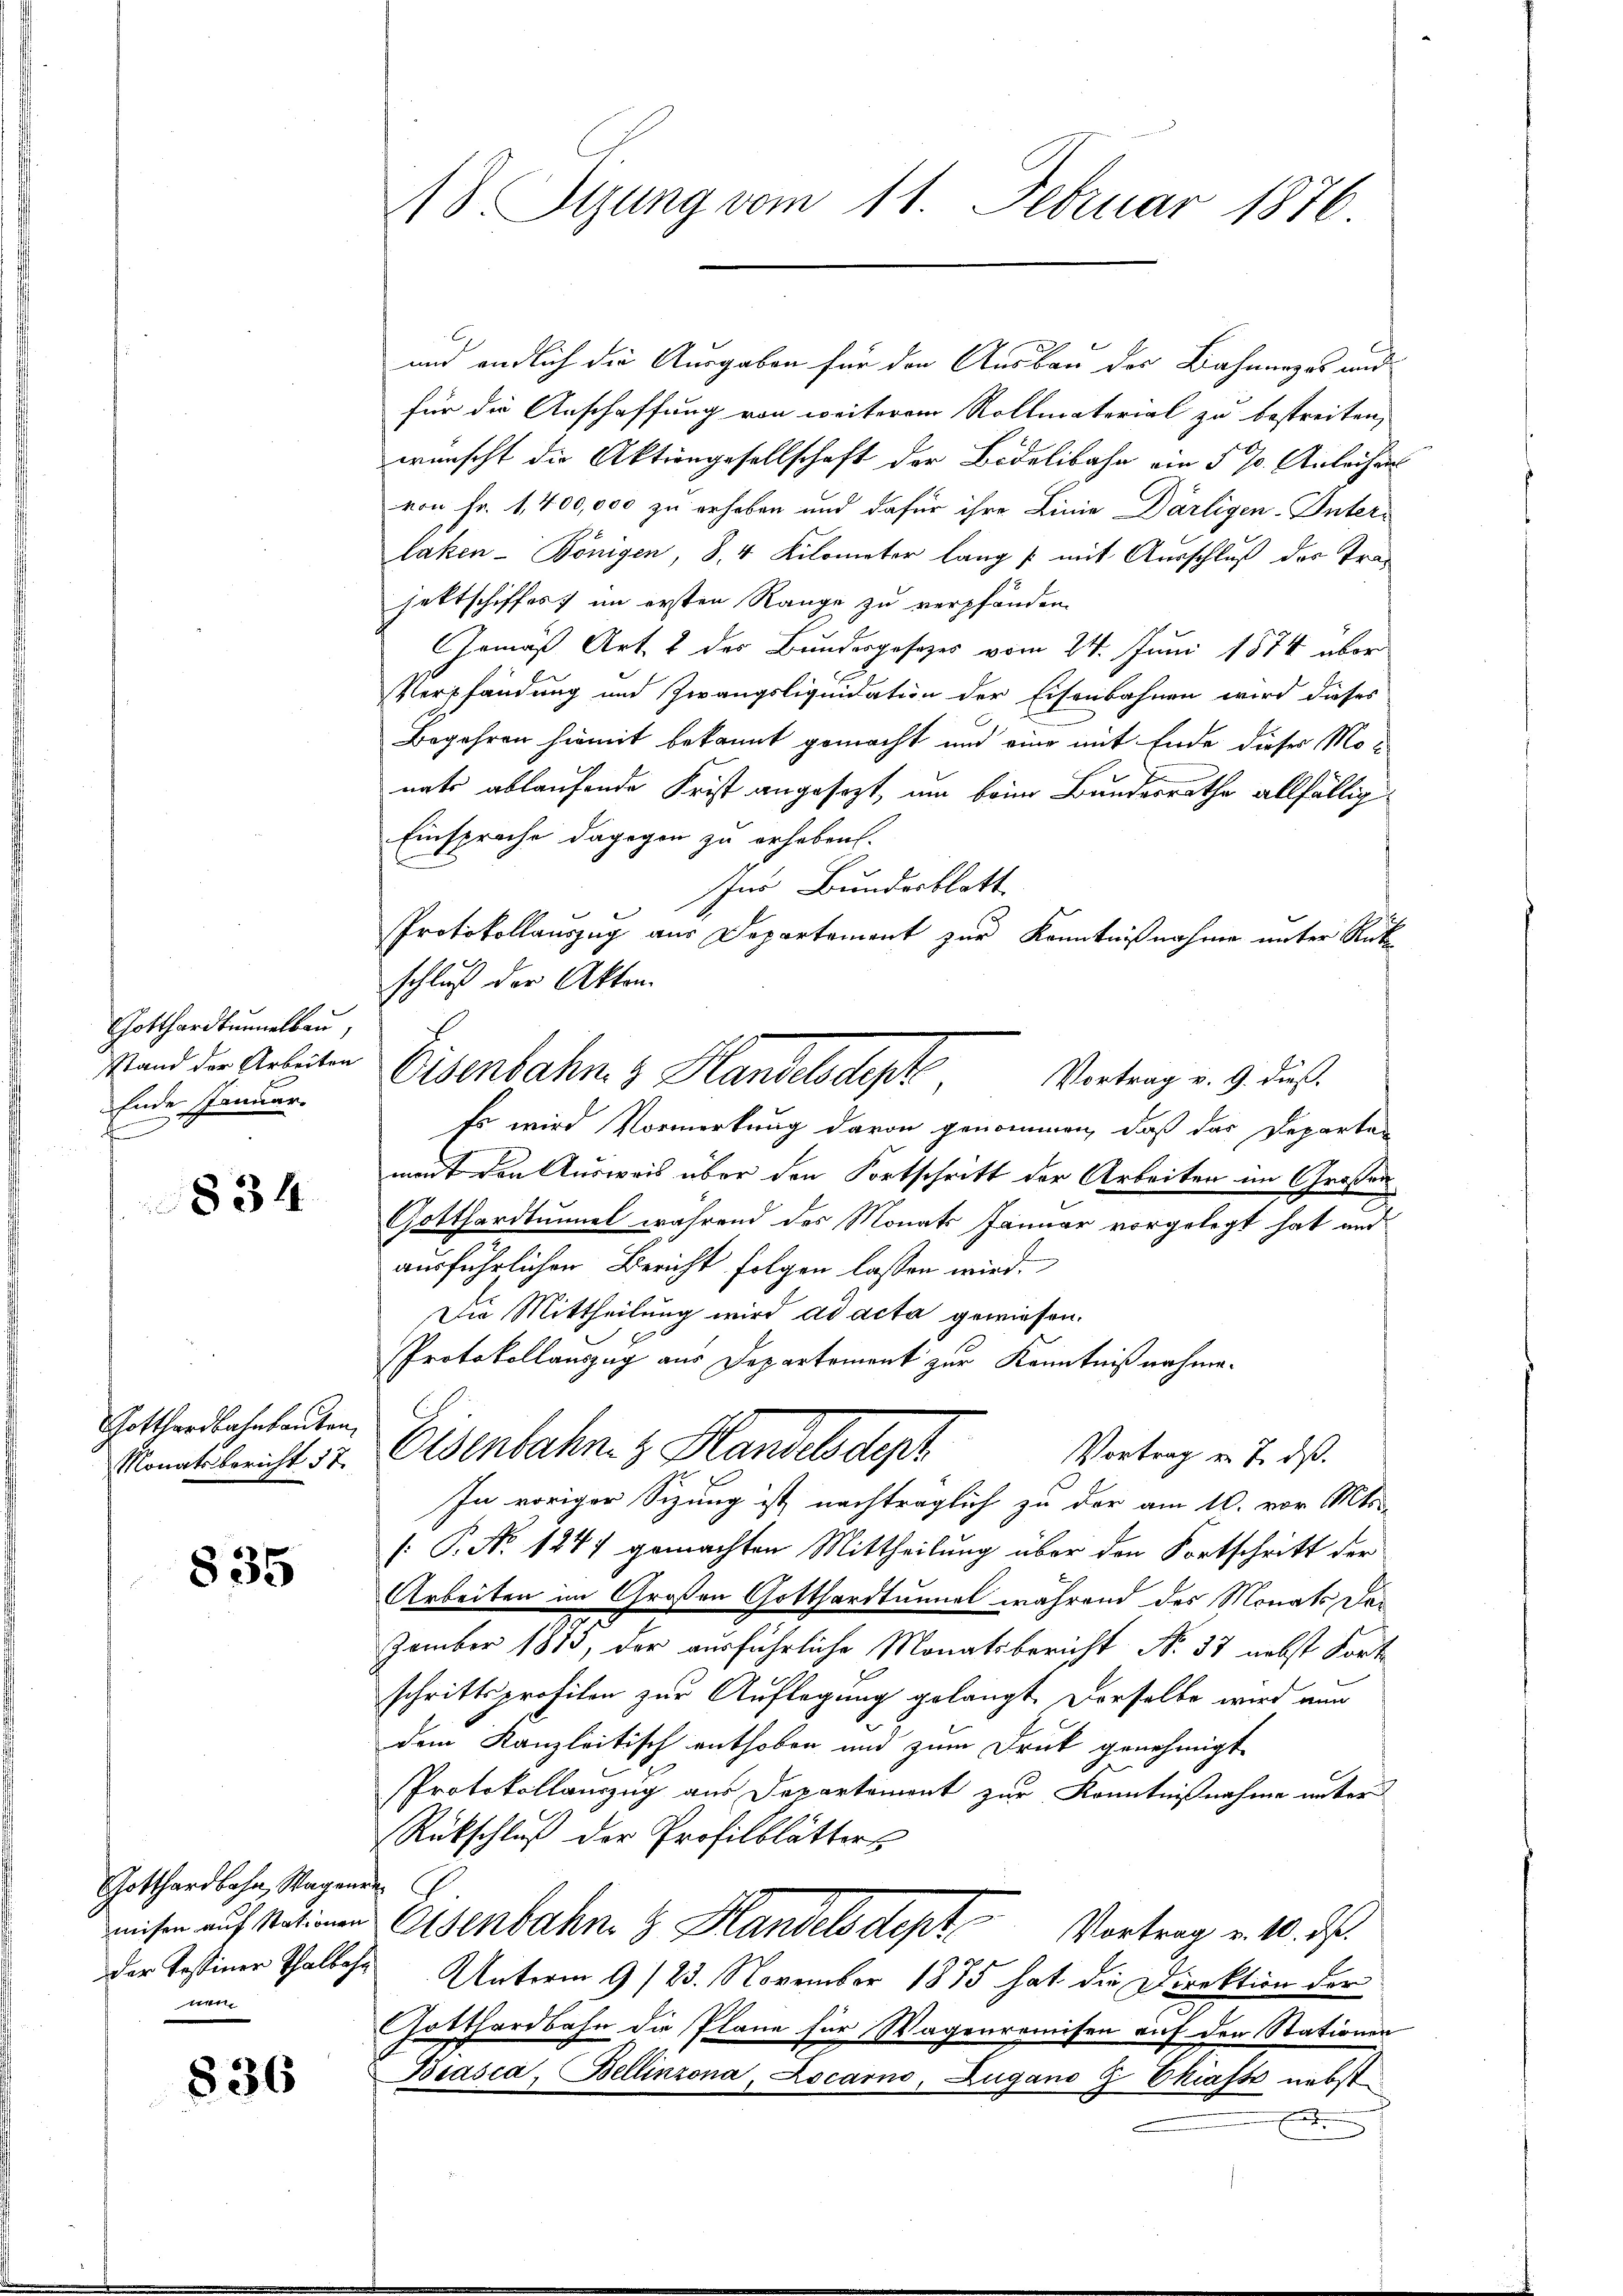
Gotthardtunnelbau,
Stand der Arbeiten
Ende Januar

834

Gotthardbahnbauten,
Monatsbericht 37.

835

Gotthardbahn, Wagen
wisen auf Stationen
der Testiner Thalbe
nem

836

8. Pyung vom 11. Februar 1876

und endlich die Ausgaben für den Ausbau der Bahnarzes und
für die Anschaffung von weiterem Rollmaterial zu bestreiten,
wünscht die Aktiongesellschaft der Bodelibahn ein § 7. Anleihens
von Fr. 1,400,000 zu erhoben und dafür ihre Linie Därligen-Unter-
laken- Bönigen, S. 4 Kilometer lang /: mit Ausschluß des Trajettschiffes im ersten Range zu verpfänden.
Gemäß Art. 2 des Bundesgesezes vom 24. Juni 1874 über
Verpfändung und Zwangsliquidation der Eisenbahnen wird dieses
Begehren hiemit bekannt gemacht und eine mit Ende dieses Monats ablaufende Frist angesezt, um beim Bundesrathe allfällig
Einsprache dagegen zu erheben.
Ins Bundesblatt
Protokollauszug aus Departement zur Kenntnißnahme unter Rück
schluß der Akten.
Es wird Vormerkung davon genommen, daß das Departen
mont den Ausweis über den Fortschritt der Arbeiten im Großen
Gotthardtunnel während des Monats Januar vorgelegt hat und
ausführlichen Bericht folgen lassen wird.
Die Mittheilung wird ad acta gewiesen.
Protokollauszug aus Departement zur Kenntnißnahme.
Eisenbahn- & Handels depr
Vortrag u. 7. ds.
In voriger Sizung ist nachträglich zu der am 10. vor Mts.
[: P. No 1247 gemachten Mittheilung über den Fortschritt der
Arbeiten im Großen Gotthardtunnel während des Monats da¬
Zember 1873, der ausführliche Monatsbericht No 33 nebst Fort
schrittsprofilen zur Auflegung gelangt. Derselbe wird au
dem Kanzleitisch enthoben und zum Druck genehmigt.
Protokollauszug aus Departement zur Kenntnißnahme unter
Rückschluß der Profilblätters
Eisenbahn. 8. Handelsdept Vortrag v. 10. d.
Unterm 9/23. November 1875 hat die Direktion der
Gotthardbahn die Pläne für Wagenromisen auf den Stationen
Biasca, Bellinzona, Locarno, Zugano G Ekiasso nebst
E

Eisenbahn & Handelsdept Vertrag v. 9. dieß.